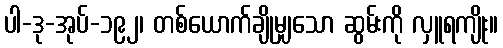
ပါ-ဒု-အုပ်-၁၉၂၊ တစ်ယောက်ချိုမျှသော ဆွမ်းကို လှူရကျိုး။